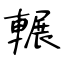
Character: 輾